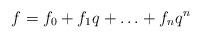
LaTeX: \begin{align*}f=f_0+f_1q+\ldots+f_nq^n\end{align*}